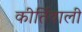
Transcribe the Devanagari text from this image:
कीर्तिवाली